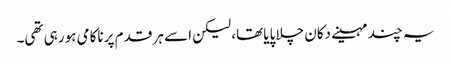
یہ چند مہینے دکان چلا پایا تھا، لیکن اسے ہر قدم پر ناکامی ہو رہی تھی۔